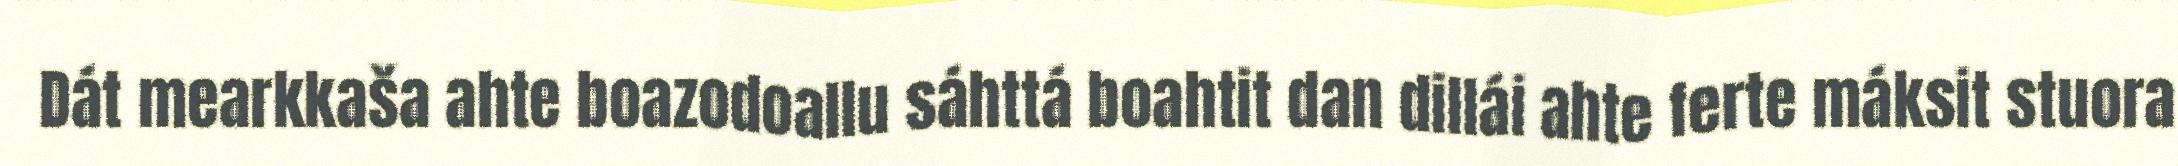
Dát mearkkaša ahte boazodoallu sáhttá boahtit dan dillái ahte ferte máksit stuora